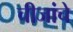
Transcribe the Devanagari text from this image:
चीजांचे